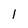
Character: 1